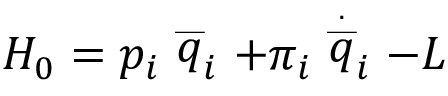
H _ { 0 } = p _ { i } \stackrel { \_ } { q } _ { i } + \pi _ { i } \stackrel { \stackrel { . } { \_ } } { q } _ { i } - L